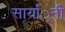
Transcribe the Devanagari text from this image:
सार्यां्नी